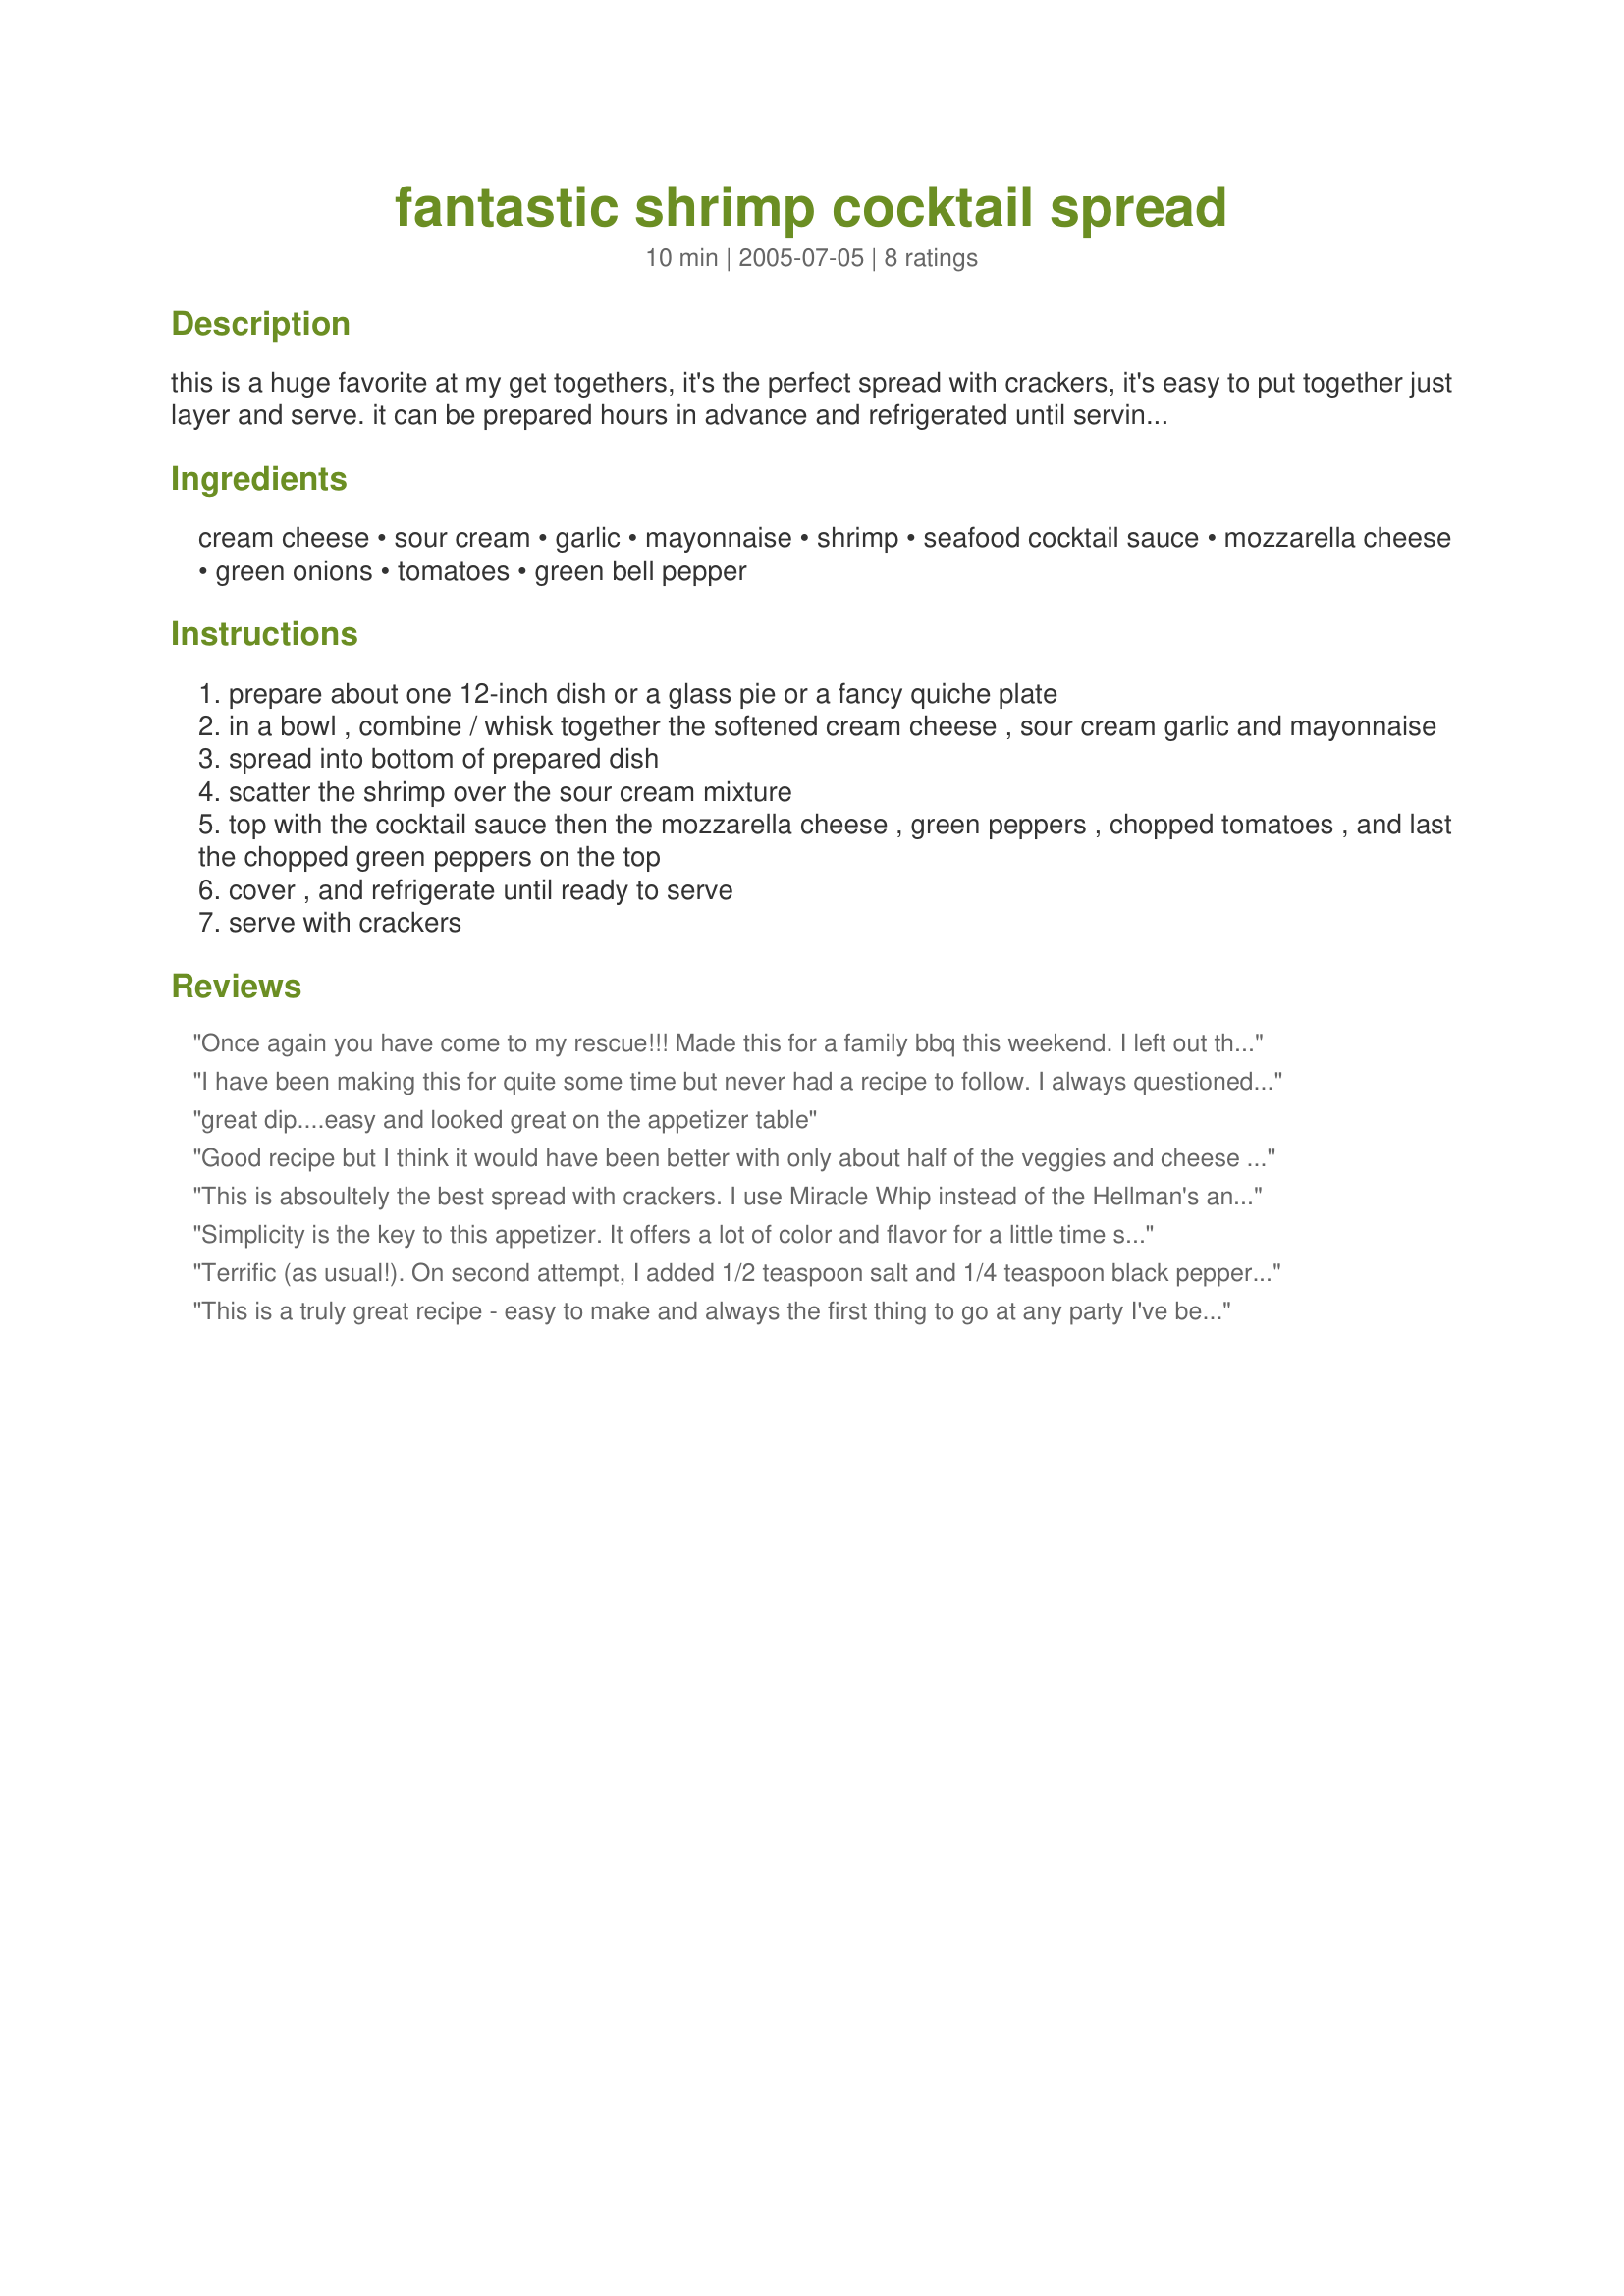
fantastic shrimp cocktail spread
Preparation time: 10 minutes

this is a huge favorite at my get togethers, it's the perfect spread with crackers, it's easy to put together just layer and serve. it can be prepared hours in advance and refrigerated until serving time. once your guests try this everyone will want the recipe it's *that* good!--- 2 cups fresh cooked baby shrimp can be used in place of the canned, but canned is much easier, you will love this! :)

Ingredients:
cream cheese, sour cream, garlic, mayonnaise, shrimp, seafood cocktail sauce, mozzarella cheese, green onions, tomatoes, green bell pepper

Steps:
prepare about one 12-inch dish or a glass pie or a fancy quiche plate
in a bowl , combine / whisk together the softened cream cheese , sour cream garlic and mayonnaise
spread into bottom of prepared dish
scatter the shrimp over the sour cream mixture
top with the cocktail sauce then the mozzarella cheese , green peppers , chopped tomatoes , and last the chopped green peppers on the top
cover , and refrigerate until ready to serve
serve with crackers

Reviews:
Once again you have come to my rescue!!! Made this for a family bbq this weekend. I left out the cheese, tomato and green pepper and just mixed the other stuff together.(didn't bother to layer it) Served with Ritz crackers...EVEN THE MOTHER IN LAW LIKED IT!!!! THANKS Kittencal !!!
I have been making this for quite some time but never had a recipe to follow. I always questioned how much sour cream, how much Hellmans. And the Hellmans salad dressing does make a difference This is great and one of my favorites. I did add a bit of white cheddar cheese with the mozzarella. Thank-you Kittencal.
great dip....easy and looked great on the appetizer table
Good recipe but I think it would have been better with only about half of the veggies and cheese to sprinkle on top. There was a tad too much and it overpowered the flavor of the shrimp. Also, I wish I had drained the shrimp more using paper towels to blot up more of the moisture in them as the moisture pooled. Next time, I will also save some shrimp to scatter on the top of the dish so people know what it is. People didn't know it was a shrimp dip and thought it was something more on the order of a nacho dip based on the appearance. And, since the shrimp flavor was masked by so much cheese and veggies, even then it didn't have enough shrimp flavor. Anyway, a very good recipe that with a few tweaks should be a great recipe. And a nice change from the usual shrimp dips I've had.
This is absoultely the best spread with crackers. I use Miracle Whip instead of the Hellman's and it is awesome!!!
Simplicity is the key to this appetizer. It offers a lot of color and flavor for a little time spent in the kitchen. Hellman's always makes the difference : ) Thanks, Kittencal!
Terrific (as usual!). On second attempt, I added 1/2 teaspoon salt and 1/4 teaspoon black pepper, and replaced mozzarella with Monterrey Jack (and chopped the cheese after grating it). Green pepper definately optional - may try red next time. YUM! Thanks, Kitten.
This is a truly great recipe - easy to make and always the first thing to go at any party I've been to.
